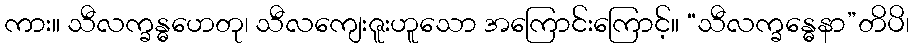
ကား။ သီလက္ခန္ဓဟေတု၊ သီလကျေးဇူးဟူသော အကြောင်းကြောင့်။ “သီလက္ခန္ဓေနာ”တိပိ၊